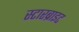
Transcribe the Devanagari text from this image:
स्टारब्राइट